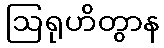
ဩရုဟိတွာန